Annual report on the working of the mental hospitals in the Madras Presidency - 1912-1932
Year: 1912
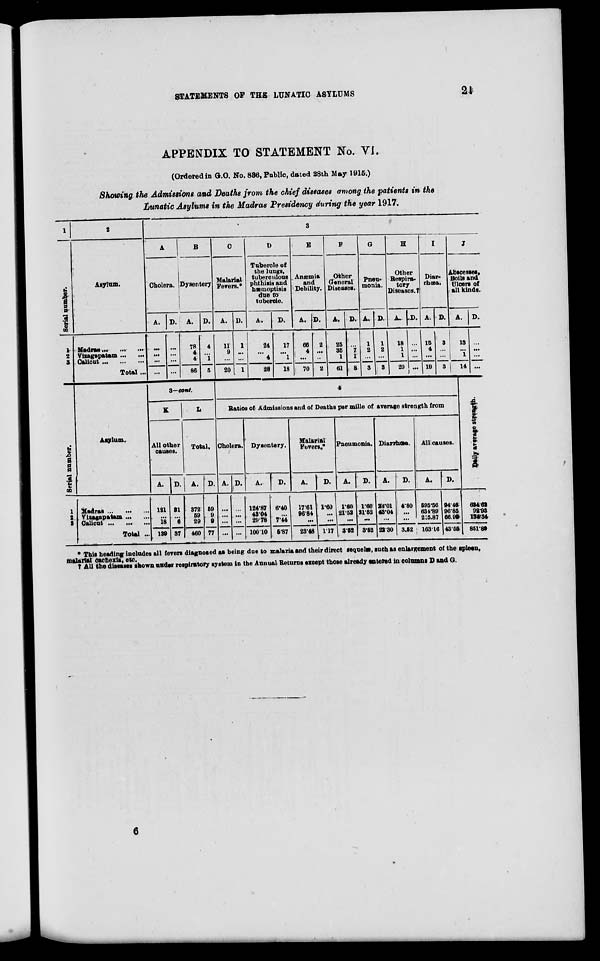
STATEMENTS OF THE LUNATIC ASYLUMS
24
APPENDIX TO STATEMENT No. VI.
(Ordered in G.O. No. 836, Public, dated 28th May 1915.)
Showing the Admissions and Deaths from the chief diseases among the patients in the
Lunatic Asylums in the Madras Presidency during the year 1917.
1
Serial number.
1
2
3
2
Asylum.
Madras ... ... ...
Vizagapatam ... ...
Calicut ... ... ...
Total ...
3
A
Cholera.
A.
...
...
...
...
D.
...
...
...
...
B
Dysentery
A.
78
4
4
86
D.
4
...
1
5
C
Malarial
Fevers.*
A.
11
9
...
20
D.
1
...
...
1
D
Tubercle of
the lungs,
tuberculous
phthisis and
hæmoptisis
due to
tubercle.
A.
24
...
4
28
D.
17
...
1
18
E
Anæmia
and
Debility.
A.
66
4
...
70
D.
2
...
...
2
F
Other
General
Diseases.
A.
25
35
1
61
D.
...
7
1
8
G
Pneu-
monia.
A.
1
2
...
3
D.
1 2
...
3
H
Other
Respira-
tory
Diseases.†
A.
18
1
1
20
D.
...
...
...
...
I
Diar-
rhœa.
A.
15
4
...
19
D.
3
...
...
3
J
Abscesses,
Boils and
Ulcers of
all kinds.
A.
13
...
1
14
D.
...
...
...
...
Serial number.
1
2
3
Asylum.
Madras ... ... ...
Vizagapatam ... ...
Calicut ... ... ...
Total ...
3—cont.
K
All other
causes.
A.
121
...
18
139
D.
31
...
6
37
L
Total.
A.
372
59
29
460
D.
59
9
9
77
4
Ratios of Admissions and of Deaths per mille of average strength from
Cholera.
A.
...
...
...
...
D.
...
...
...
...
Dysentery.
A.
124.87
43.04
29.78
100.10
D.
6.40
...
7.44
5.87
Malarial
Fevers.*
A.
17.61
96.84
...
23.48
D.
1.60
...
...
1.17
Pneumonia.
A.
1.60
21.52
...
3.52
D.
1.80
21.52
...
3.52
Diarrhœa.
A.
24.01
43.04
...
22.30
D.
4.80
...
...
3.52
All causes.
A.
595.56
634.89
215.87
163.16
D.
94.46
96.85
66.99
43.55
Daily
average strength.
624.62
92.93
134.34
851.89
* This heading includes all fevers diagnosed as being due to malaria and their direct sequeles, such as enlargement of the spleen.
malarial cachexia, etc.
† All the diseases shown under respiratory system in the Annual Returns except those already entered in columns D and G.